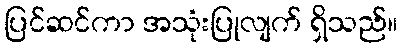
ပြင်ဆင်ကာ အသုံးပြုလျက် ရှိသည်။